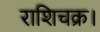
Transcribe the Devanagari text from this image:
राशिचक्र।